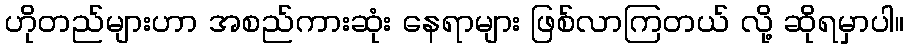
ဟိုတည်များဟာ အစည်ကားဆုံး နေရာများ ဖြစ်လာကြတယ် လို့ ဆိုရမှာပါ။